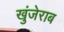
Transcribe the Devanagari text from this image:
खुंजेराब